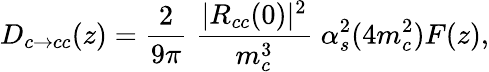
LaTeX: D_{c\to cc}(z)=\frac{2}{9\pi}\; \frac{|R_{cc}(0)|^{2}}{m_{c}^{3}}\; \alpha_{s}^{2}(4m_{c}^{2})F(z),